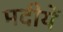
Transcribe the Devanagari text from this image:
मदीयें